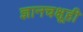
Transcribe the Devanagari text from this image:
ज्ञानचक्षूही